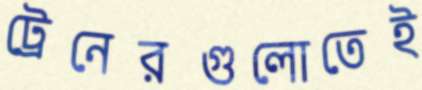
ট্রেনেরগুলোতেই